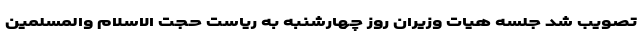
تصویب شد جلسه هیات وزیران روز چهارشنبه به ریاست حجت الاسلام والمسلمین